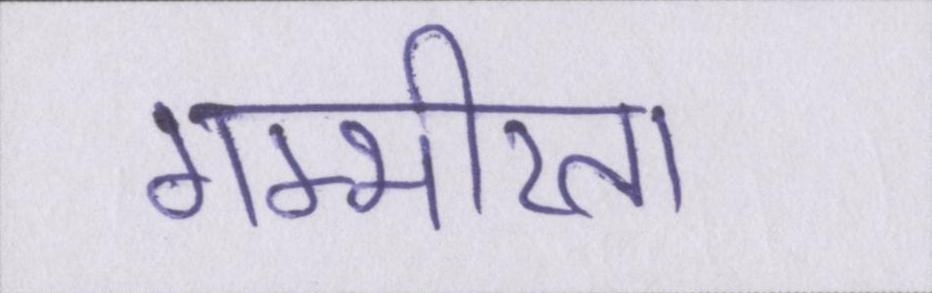
गम्भीरता